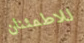
للاطمئنان